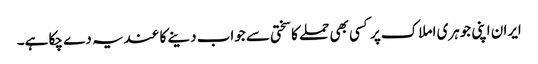
ایران اپنی جوہری املاک پر کسی بھی حملے کا سختی سے جواب دینے کا عندیہ دے چکا ہے۔